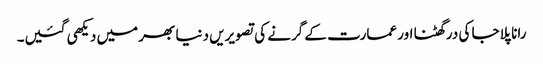
رانا پلاجا کی درگھٹنا اور عمارت کے گرنے کی تصویریں دنیا بھر میں دیکھی گئیں۔